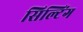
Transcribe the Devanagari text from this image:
सिल्टिंग